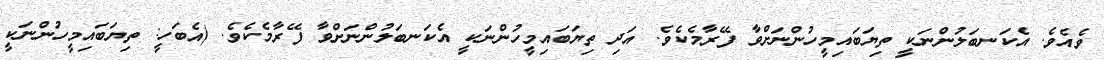
ވެއެވެ. އެކަނބަލުންނަކީ ތިޔަބައިމީހުންނަށްވާ ފޭރާމެކެވެ. އަދި ތިޔަބައިމީހުންނަކީ އެކަނބަލުންނަށްވާ ފޭރާމެކެވެ. (އެބަހީ: ތިޔަބައިމީހުންނަކީ